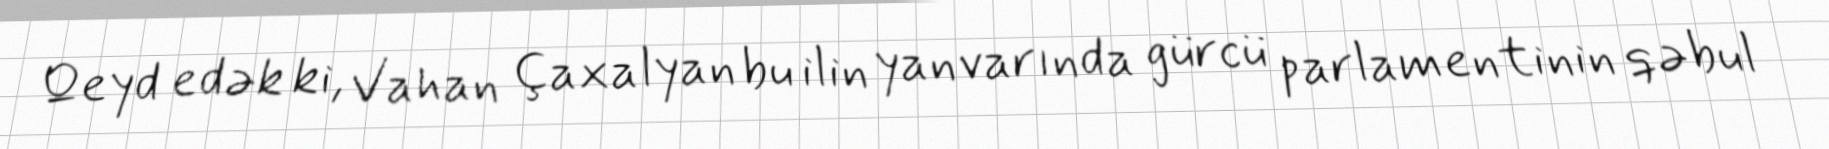
Qeyd edək ki, Vahan Çaxalyan bu ilin yanvarında gürcü parlamentinin qəbul